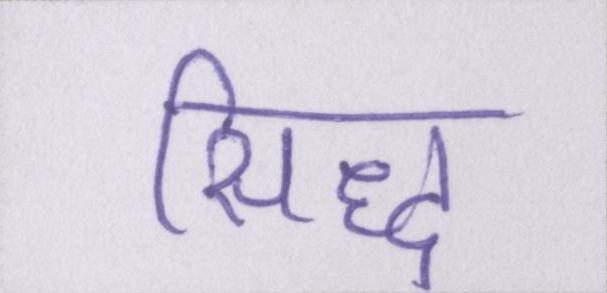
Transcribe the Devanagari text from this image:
सिद्ध